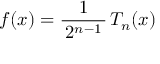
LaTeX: f ( x ) = { \frac { 1 } { \, 2 ^ { n - 1 } \, } } \, T _ { n } ( x )